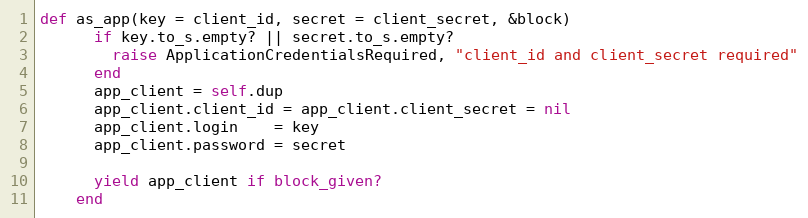
Language: Ruby
def as_app(key = client_id, secret = client_secret, &block)
      if key.to_s.empty? || secret.to_s.empty?
        raise ApplicationCredentialsRequired, "client_id and client_secret required"
      end
      app_client = self.dup
      app_client.client_id = app_client.client_secret = nil
      app_client.login    = key
      app_client.password = secret

      yield app_client if block_given?
    end